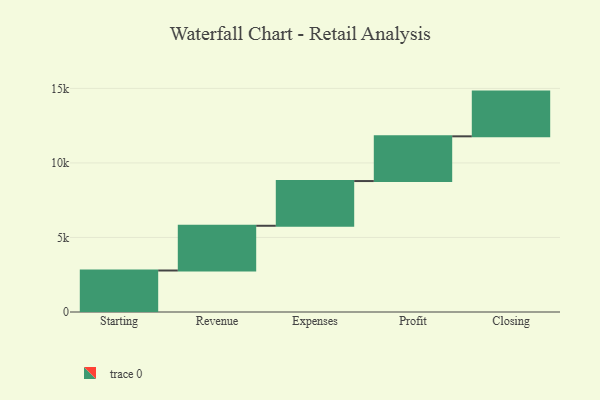
{"axis": {"x": "Step", "y": "Value"}, "legend": [""], "data": [{"x": "Starting", "y": 2784.0, "type": ""}, {"x": "Revenue", "y": 3000, "type": ""}, {"x": "Expenses", "y": 3000, "type": ""}, {"x": "Profit", "y": 3000, "type": ""}, {"x": "Closing", "y": 3000, "type": ""}]}